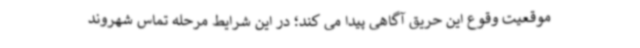
موقعیت وقوع این حریق آگاهی پیدا می کند؛ در این شرایط مرحله تماس شهروند